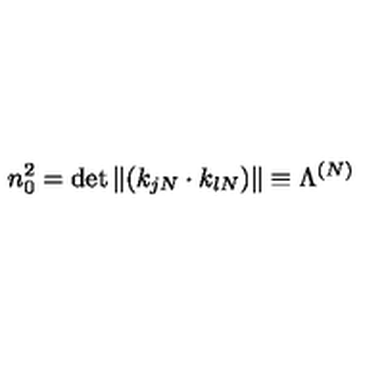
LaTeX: n _ { 0 } ^ { 2 } = \det \| ( k _ { j N } \cdot k _ { l N } ) \| \equiv \Lambda ^ { ( N ) }